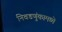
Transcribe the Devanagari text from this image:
निवडणुंकामध्ये